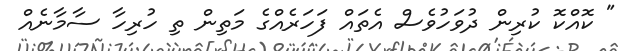
" ކޮއްކޮ ކުރިން ދުވަހުވެސް އެތައް ފަހަރެއްގެ މަތިން ތި ހުރިހާ ސާމާނެއް